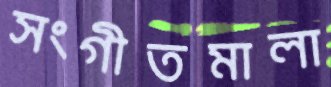
সংগীতমালা